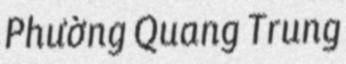
Phường Quang Trung